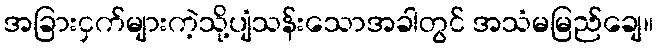
အခြားငှက်များကဲ့သို့ပျံသန်းသောအခါတွင် အသံမမြည်ချေ။